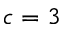
c = 3